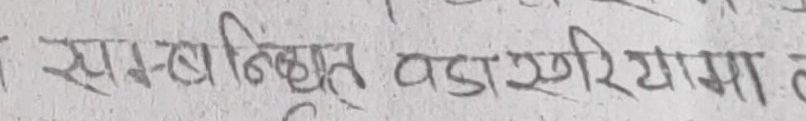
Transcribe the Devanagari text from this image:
साम्बनिनूत वडा खरमाया र